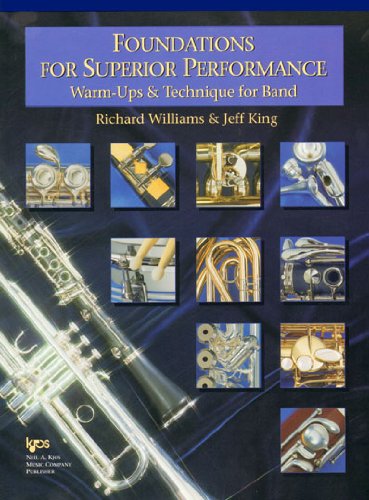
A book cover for W32BS - Foundations for Superior Performance: Tuba; Richard Williams; Teen & Young Adult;